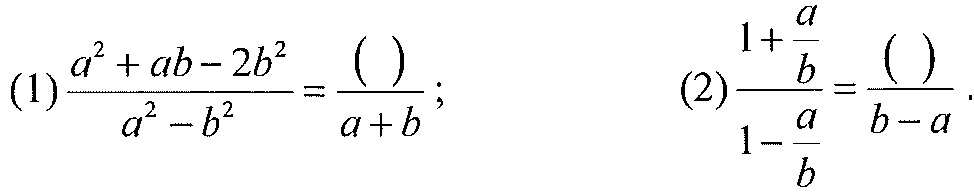
(1)\(\frac{a^{2}+ab - 2b^{2}}{a^{2}-b^{2}}=\frac{(\space)}{a + b}\);  (2)\(\frac{1+\frac{a}{b}}{1-\frac{a}{b}}=\frac{(\space)}{b - a}\).